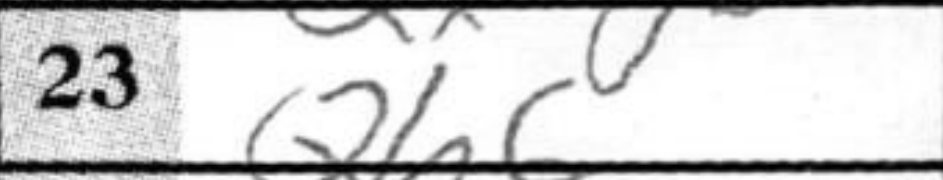
Transcription: Qh6